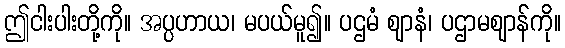
ဤငါးပါးတို့ကို။ အပ္ပဟာယ၊ မပယ်မူ၍။ ပဌမံ ဈာနံ၊ ပဌာမဈာန်ကို။